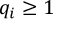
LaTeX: q _ { i } \geq 1